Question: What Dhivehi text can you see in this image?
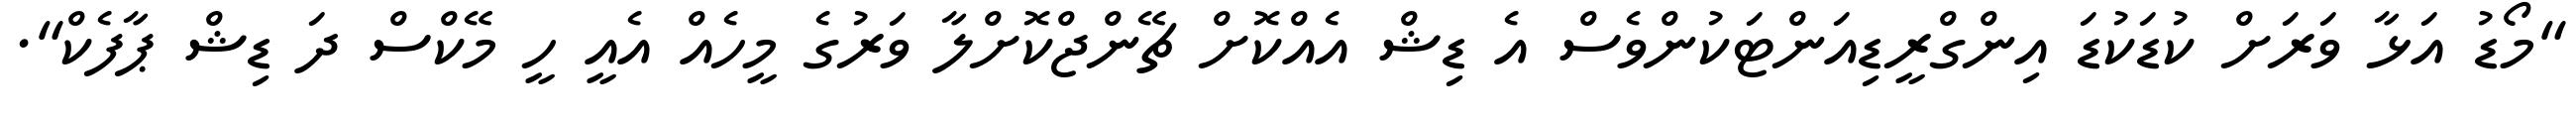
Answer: "މޯޑު އަޅާ ވަރަށް ކުޑަކުޑަ އިންގްރީޑިއަންޓަކުންވެސް އެ ޑިޝް އެއްކޮށް ޗޭންޖްކޮށްލާ ވަރުގެ މީހެއް އެއީ ހީ މޭކްސް ދަ ޑިޝް ޕާފެކް".